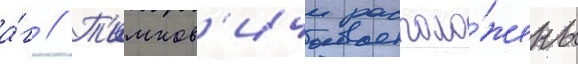
а́г // Т'имков'ичи располо́жены